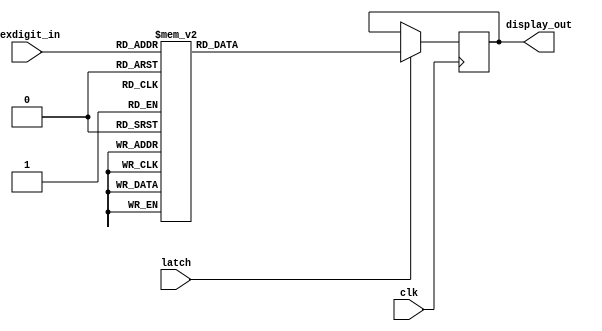
// Licensed to the Apache Software Foundation (ASF) under one
// or more contributor license agreements.  See the NOTICE file
// distributed with this work for additional information
// regarding copyright ownership.  The ASF licenses this file
// to you under the Apache License, Version 2.0 (the
// "License"); you may not use this file except in compliance
// with the License.  You may obtain a copy of the License at
//
//   http://www.apache.org/licenses/LICENSE-2.0
//
// Unless required by applicable law or agreed to in writing,
// software distributed under the License is distributed on an
// "AS IS" BASIS, WITHOUT WARRANTIES OR CONDITIONS OF ANY
// KIND, either express or implied.  See the License for the
// specific language governing permissions and limitations
// under the License.
//
// Description: 7-segment display driver for DE0 board
//
// Author.....: Niels A. Moseley
// Date.......: 26-1-2018
// 

module segmentdisplay (
    clk,
    latch,
    hexdigit_in,
    display_out
);

    input  clk,latch;
    input  [3:0] hexdigit_in;
    output reg [0:6] display_out;

    always @(posedge clk)
    begin
        if (latch == 1)
        begin 
            case (hexdigit_in)
                4'b0000:
                    display_out <= 7'b1000000;
                4'b0001:
                    display_out <= 7'b1111001;
                4'b0010:
                    display_out <= 7'b0100100;
                4'b0011:
                    display_out <= 7'b0110000;
                4'b0100:
                    display_out <= 7'b0011001;
                4'b0101:
                    display_out <= 7'b0010010;
                4'b0110:
                    display_out <= 7'b0000010;
                4'b0111:
                    display_out <= 7'b1111000;
                4'b1000:
                    display_out <= 7'b0000000;
                4'b1001:
                    display_out <= 7'b0011000;
                4'b1010:
                    display_out <= 7'b0001000;
                4'b1011:
                    display_out <= 7'b0000011;
                4'b1100:
                    display_out <= 7'b1000110;
                4'b1101:
                    display_out <= 7'b0100001;
                4'b1110:
                    display_out <= 7'b0000110;    
                4'b1111:
                    display_out <= 7'b0001110;
            endcase
        end                                                                                                   
    end
endmodule